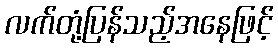
လက်တုံ့ပြန်သည့်အနေဖြင့်